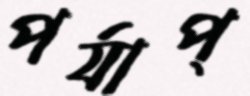
পর্যাপ্